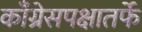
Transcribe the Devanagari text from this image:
काँग्रेसपक्षातर्फे